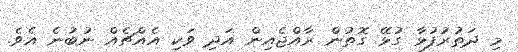
މި ދަތުރުފުޅާ ގުޅޭ ގޮތުން ރާއްޖެއިން އަދި ވަކި އެއްޗެއް ނުބުނެ އެވެ.